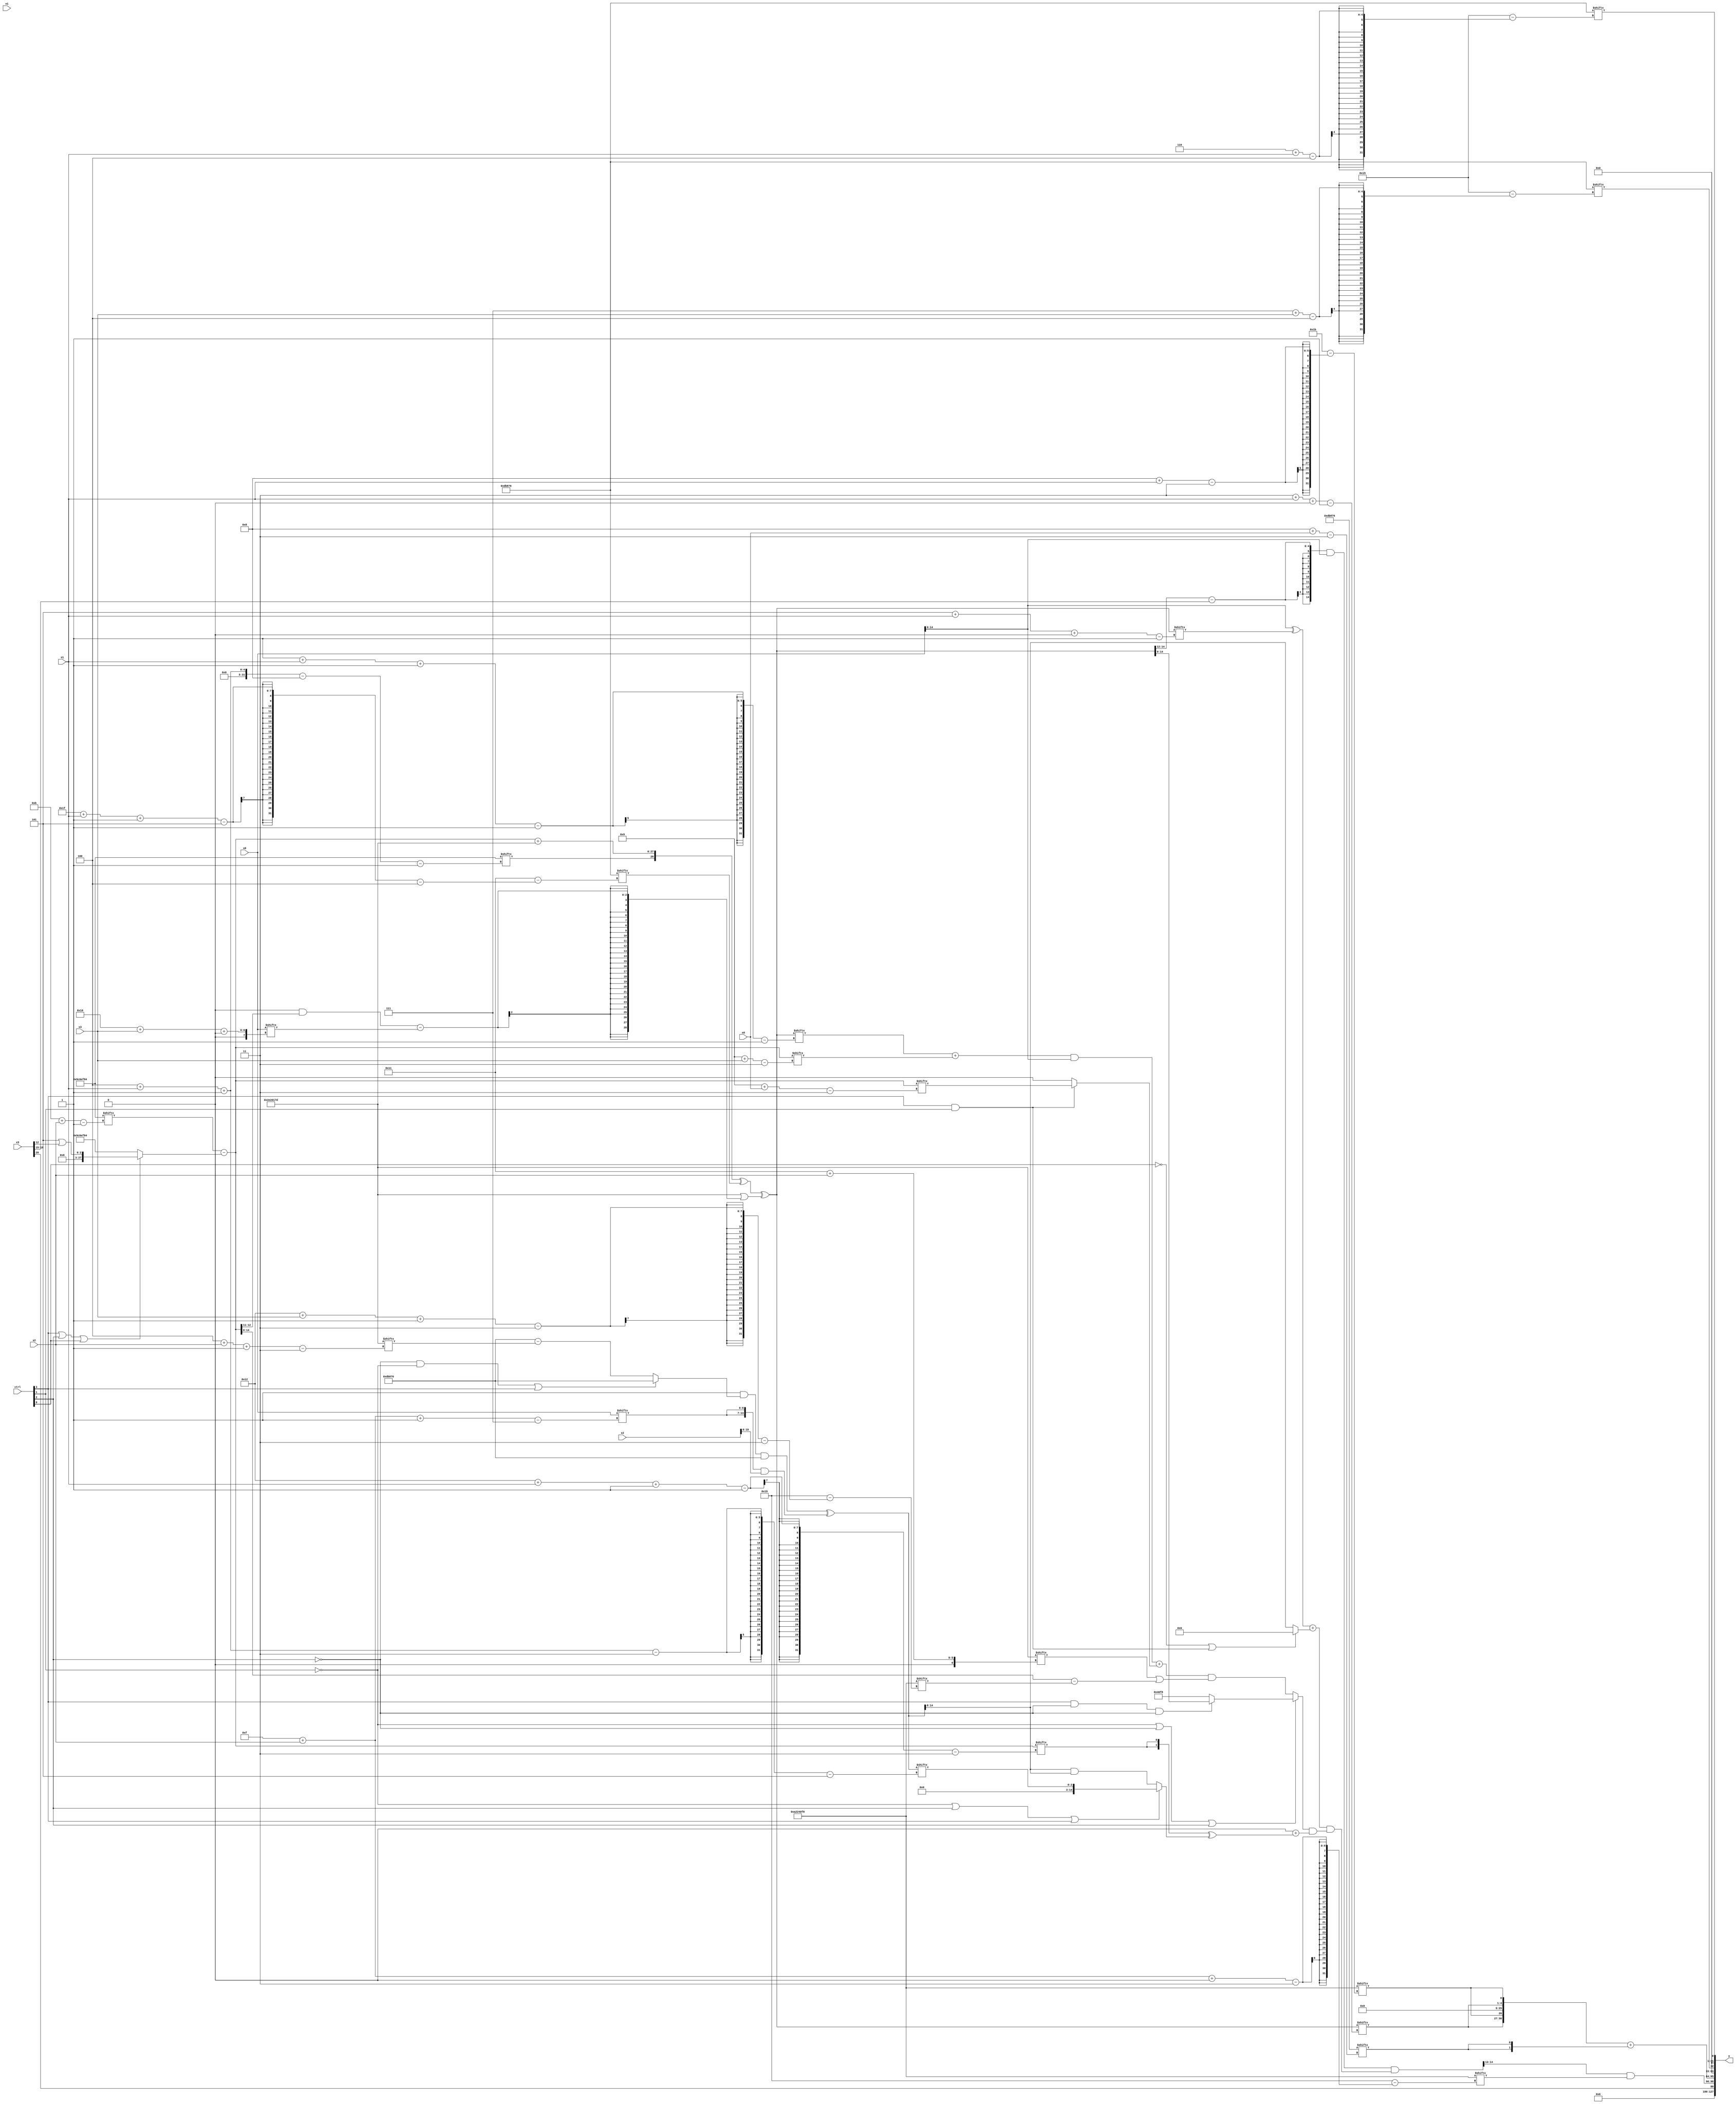
module partsel_00722(ctrl, s0, s1, s2, s3, x0, x1, x2, x3, y);
  input [3:0] ctrl;
  input [2:0] s0;
  input [2:0] s1;
  input [2:0] s2;
  input [2:0] s3;
  input signed [31:0] x0;
  input [31:0] x1;
  input signed [31:0] x2;
  input [31:0] x3;
  wire signed [24:5] x4;
  wire [30:3] x5;
  wire signed [29:1] x6;
  wire [25:3] x7;
  wire [27:1] x8;
  wire [6:30] x9;
  wire [30:4] x10;
  wire [27:2] x11;
  wire signed [7:31] x12;
  wire signed [24:0] x13;
  wire [24:0] x14;
  wire [3:31] x15;
  output [127:0] y;
  wire signed [31:0] y0;
  wire [31:0] y1;
  wire [31:0] y2;
  wire signed [31:0] y3;
  assign y = {y0,y1,y2,y3};
  localparam [4:25] p0 = 248363126;
  localparam [30:1] p1 = 164032388;
  localparam signed [3:30] p2 = 706887928;
  localparam [25:0] p3 = 585236861;
  assign x4 = ((((p0[21] | p2[9 + s0]) & {2{(!ctrl[2] && !ctrl[1] || ctrl[3] ? p0 : (p0 - p3[4 + s2 -: 3]))}}) & p0) ^ {2{({2{x0[15 + s2 -: 7]}} & x2)}});
  assign x5 = ((!ctrl[2] && !ctrl[2] || ctrl[2] ? p1[11 + s2] : x1[12 -: 4]) - {2{(ctrl[3] || ctrl[2] || ctrl[0] ? ({2{p2[15 +: 2]}} | x3[12]) : p1)}});
  assign x6 = ({(({2{(p3[16 +: 4] ^ p1[15 + s1])}} + {2{p2}}) ^ {{p0[20 + s2 +: 6], (x2 ^ p3[19 + s0])}, x0[17 -: 4]}), ({p1[4 + s1 -: 8], (x5 + p3)} ^ p0[31 + s1 -: 5])} ^ (p3 | (({2{p3[16]}} & x5[14 +: 2]) - x0[16 + s3 +: 1])));
  assign x7 = p0;
  assign x8 = ((!ctrl[1] || !ctrl[2] || ctrl[2] ? {2{(ctrl[3] && !ctrl[2] && !ctrl[2] ? x6 : p2)}} : ((((x6[1 + s1 -: 1] + x5[9 + s3]) & x0) + (ctrl[3] && ctrl[3] && ctrl[1] ? x5[9 + s0] : x7[13 -: 2])) & (p3[17 + s2] | (x5 - p2[18 + s3 -: 3])))) & (p3[15 -: 3] + {p1[5 + s0 -: 1], ({2{x5[18 + s1 -: 1]}} ^ (!ctrl[1] || ctrl[2] || ctrl[3] ? x4[4 + s1 -: 3] : (x4 & x4)))}));
  assign x9 = (((x6[13 +: 3] - x3[15 +: 4]) & x0) & {{x3[9 + s0], ((x7[13] - p3[16 + s3]) - ((p0[19 +: 2] + x1[17 -: 4]) - p3[18 +: 1]))}, (((x0 ^ x6[5 + s1 +: 3]) + (!ctrl[0] || ctrl[1] && ctrl[3] ? (p3[12 +: 1] & p3) : x4)) & {{x1[11 +: 3], x1[16 -: 2]}, {p2[13 + s1 +: 5], x8}})});
  assign x10 = ((p2[9 + s1 +: 8] & x2[14 -: 1]) & {2{p1[20 -: 1]}});
  assign x11 = {x6[3 + s1 +: 4], p2[8 + s1]};
  assign x12 = (!ctrl[1] && !ctrl[3] || !ctrl[0] ? ((((!ctrl[3] && !ctrl[3] && ctrl[1] ? (p3[4 + s3] ^ p0) : x9) & (x9[14 +: 4] & p3)) & {{2{(x6 + (p1 - x6))}}, (ctrl[3] || ctrl[0] || ctrl[1] ? x2[5 + s3] : (p2[27 + s1 -: 6] ^ p0[14 + s1]))}) + p3[20 + s3 -: 3]) : p2[14 + s1 +: 1]);
  assign x13 = {2{p3[12 -: 4]}};
  assign x14 = {2{(!ctrl[1] && !ctrl[1] && !ctrl[3] ? {2{({2{p1[3 + s0 -: 2]}} | x2[4 + s3 +: 2])}} : {2{p0[18 + s0 +: 8]}})}};
  assign x15 = {(x4 ^ ((p1[16] | p0[18 -: 4]) - p1)), (ctrl[0] || !ctrl[3] || !ctrl[3] ? {x6[15 +: 3], (p3[18 + s1 +: 1] & {2{(p0[14 +: 3] & x1[7 + s3 +: 5])}})} : x12[13 -: 3])};
  assign y0 = {x3[20], (x9[17 -: 2] & p2[15 + s2 +: 3])};
  assign y1 = {(!ctrl[3] || ctrl[1] && ctrl[1] ? (x7 ^ {x12[8 +: 1], {2{p0[7 + s3 -: 7]}}}) : x10[30 + s0 +: 8]), ({2{x11}} + {2{x7[8 + s0]}})};
  assign y2 = p0[7 + s3];
  assign y3 = p0[6 + s1];
endmodule